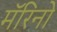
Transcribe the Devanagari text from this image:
मॅरिनो